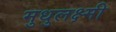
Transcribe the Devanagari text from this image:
मुधुलक्ष्मी